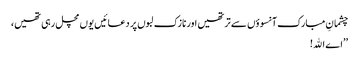
چشمانِ مبارک آنسوؤں سے تر تھیں اور نازک لبوں پر دعائیں یوں مچل رہی تھیں،
’’اے اﷲ!